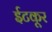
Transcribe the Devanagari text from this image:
ईटकूर